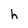
Character: h